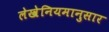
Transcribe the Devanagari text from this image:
लेखेनियमानुसार